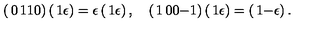
\left( \begin{matrix} { 0 } & { 1 } \\ { 1 } & { 0 } \\ \end{matrix} \right) \left( \begin{matrix} { 1 } \\ { \epsilon } \\ \end{matrix} \right) = \epsilon \left( \begin{matrix} { 1 } \\ { \epsilon } \\ \end{matrix} \right) , \quad \left( \begin{matrix} { 1 } & { 0 } \\ { 0 } & { - 1 } \\ \end{matrix} \right) \left( \begin{matrix} { 1 } \\ { \epsilon } \\ \end{matrix} \right) = \left( \begin{matrix} { 1 } \\ { - \epsilon } \\ \end{matrix} \right) .